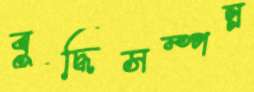
বুদ্ধিসম্পন্ন